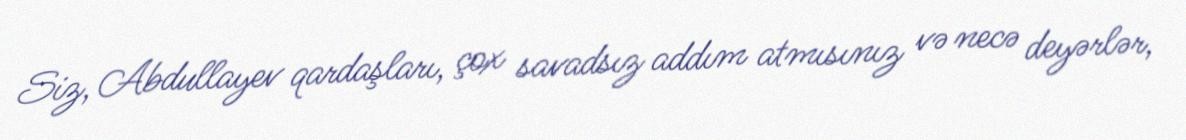
Siz, Abdullayev qardaşları, çox savadsız addım atmısınız və necə deyərlər,